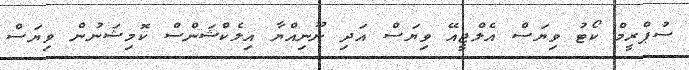
ސުޕްރީމް ކޯޓު ވިޔަސް އެލްޖީއޭ ވިޔަސް އަދި ނޫނިއްޔާ އިލެކްޝަންސް ކޮމިޝަނުން ވިޔަސް